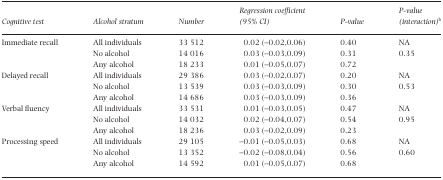
<table><thead><tr><td><b>Cognitive test</b></td><td><b>Alcohol stratum</b></td><td><b>Number</b></td><td><b>Regression coefficient (95% CI)</b></td><td><b>P-value</b></td><td><b>P-value (interaction)b</b></td></tr></thead><tbody><tr><td rowspan="3">Immediate recall</td><td>All individuals</td><td>33 512</td><td>0.02 (−0.02, 0.06)</td><td>0.40</td><td>NA</td></tr><tr><td>No alcohol</td><td>14 016</td><td>0.03 (−0.03, 0.09)</td><td>0.31</td><td rowspan="2">0.35</td></tr><tr><td>Any alcohol</td><td>18 233</td><td>0.01 (−0.05, 0.07)</td><td>0.72</td></tr><tr><td rowspan="3">Delayed recall</td><td>All individuals</td><td>29 386</td><td>0.03 (−0.02, 0.07)</td><td>0.20</td><td>NA</td></tr><tr><td>No alcohol</td><td>13 539</td><td>0.03 (−0.03, 0.09)</td><td>0.30</td><td rowspan="2">0.53</td></tr><tr><td>Any alcohol</td><td>14 686</td><td>0.03 (−0.03, 0.09)</td><td>0.36</td></tr><tr><td rowspan="3">Verbal fluency</td><td>All individuals</td><td>33 531</td><td>0.01 (−0.03, 0.05)</td><td>0.47</td><td>NA</td></tr><tr><td>No alcohol</td><td>14 032</td><td>0.02 (−0.04, 0.07)</td><td>0.54</td><td rowspan="2">0.95</td></tr><tr><td>Any alcohol</td><td>18 236</td><td>0.03 (−0.02, 0.09)</td><td>0.23</td></tr><tr><td rowspan="3">Processing speed</td><td>All individuals</td><td>29 105</td><td>−0.01 (−0.05, 0.03)</td><td>0.68</td><td>NA</td></tr><tr><td>No alcohol</td><td>13 352</td><td>−0.02 (−0.08, 0.04)</td><td>0.56</td><td rowspan="2">0.60</td></tr><tr><td>Any alcohol</td><td>14 592</td><td>0.01 (−0.05, 0.07)</td><td>0.68</td></tr></tbody></table>